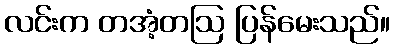
လင်းက တအံ့တဩ ပြန်မေးသည်။